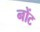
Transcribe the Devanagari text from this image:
नोंट